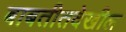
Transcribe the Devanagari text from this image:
बाबतीतदेखील